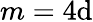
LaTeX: m=4\mathrm{d}